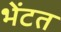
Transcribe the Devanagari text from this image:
भेंटत